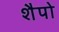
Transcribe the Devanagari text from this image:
शैपो